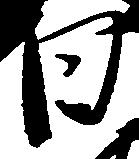
日